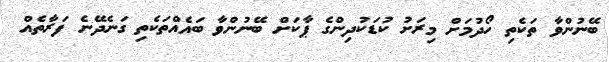
ބޭނުންވާ ތަކެތި ހޯދުމަށް މިރަށު ކުޑަކުދިންގެ ޕާކަށް ބޭނުންވާ ބައެއްތަކެތި ގަނެދޭނެ ފަރާތެއް